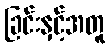
ခြင်းနှင့်အတူ